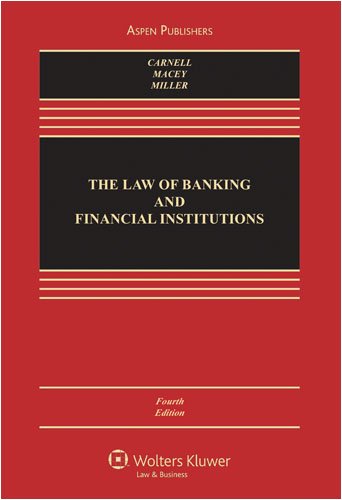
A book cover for The Law of Banking and Financial Institutions; Richard Scott Carnell; Law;